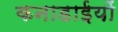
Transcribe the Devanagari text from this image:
कनाडाईयों